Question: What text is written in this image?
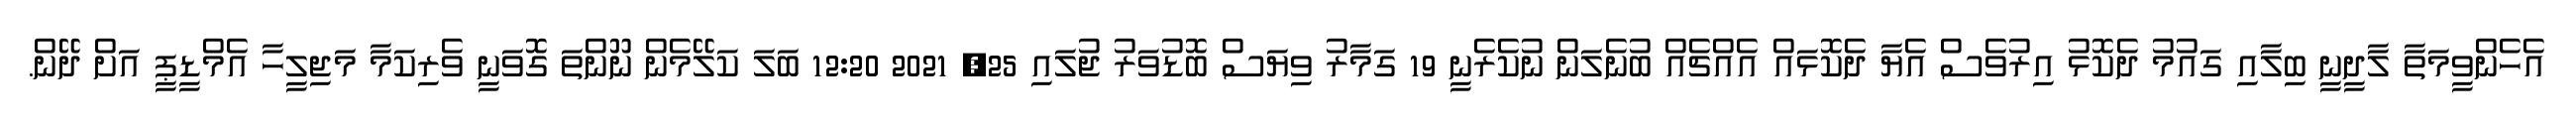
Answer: އެހެންވީމަތާ ލާދީނީ ބިލާއި ގައުމު ދެކޮޅު އިރުވެސް އެޔާ ދެކޮޅައް އެއްޗެއް ބުނެލަން ނުކެރެނީ 19 ގަމާރު ވިޔަސް ބޮޑުވަރު ޖުލައި 25, 2021 12:20 ބަލަ ކަލޭމެން ނޫންތަ ގޮވަނީ ވެރިކަމާ މަޖިލީހާ އެމްޑީޕީ އަށް ދޭން.